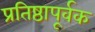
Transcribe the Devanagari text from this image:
प्रतिष्ठापूर्वक